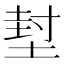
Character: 堼